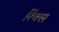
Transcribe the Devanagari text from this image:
रिंक्स